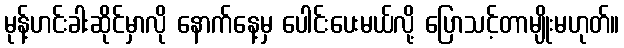
မုန့်ဟင်းခါးဆိုင်မှာလို နောက်နေ့မှ ပေါင်းပေးမယ်လို့ ပြောသင့်တာမျိုးမဟုတ်။